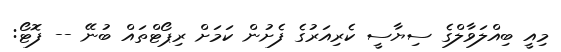
މިއީ ބިއްލަވާލްގެ ސިޔާސީ ކެރިއަރުގެ ފެށުން ކަމަށް ރިޕޯޓްތައް ބުނޭ -- ފޮޓޯ: